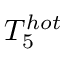
T _ { 5 } ^ { h o t }